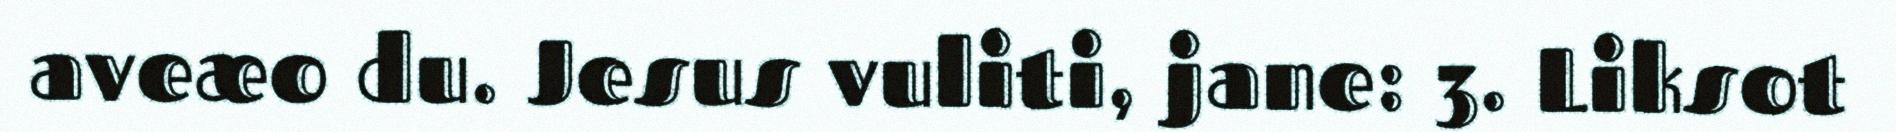
aveæo du. Jesus vuliti, jane: 3. Liksot